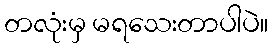
တလုံးမှ မရသေးတာပါပဲ။